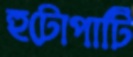
হুটোপাটি